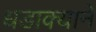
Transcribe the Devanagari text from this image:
धडाक्याने